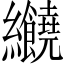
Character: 𦈂